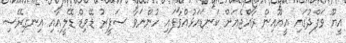
އީޔޫ ވަފްދުގައި އީޔޫއިން ރާއްޖެއަށް ކަނޑައަޅުއްވާފައި ހުންނަވާ ސަފީރު ޑޭވިޑް ޑޭލީއާއި އިނގިރޭސި